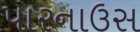
પારનાઉસ